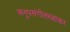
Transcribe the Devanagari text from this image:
अनूपसंगीतरत्नाकर